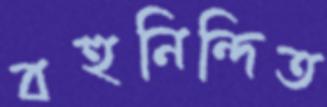
বহুনিন্দিত